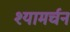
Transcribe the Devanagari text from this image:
श्यामर्चन